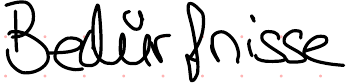
Bedürfnisse